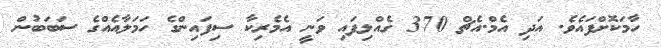
ހާމަކޮށްފައެވެ. އަދި އެމް.އެޗް 370 ގެއްލިފައި ވަނީ އެމެރިކާ ސިފައިންގެ ހަމަލާއެއްގެ ސަބަބުން